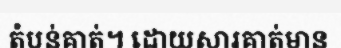
តំបន់គាត់។ ដោយសារគាត់មាន